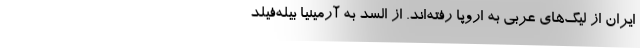
ایران از لیگ‌های عربی به اروپا رفته‌اند. از السد به آرمینیا بیله‌فیلد